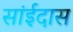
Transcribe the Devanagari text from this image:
सांईदास